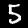
Digit: 5